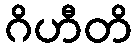
ဂိဟီတိ